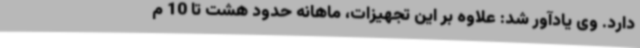
دارد. وی یادآور شد: علاوه بر این تجهیزات، ماهانه حدود هشت تا 10 م